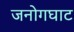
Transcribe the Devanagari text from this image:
जनोगघाट